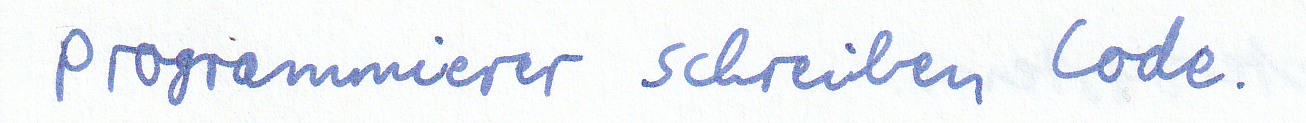
Programmierer schreiben Code.